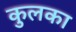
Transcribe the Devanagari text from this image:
कुलका